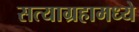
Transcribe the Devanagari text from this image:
सत्याग्रहामध्ये